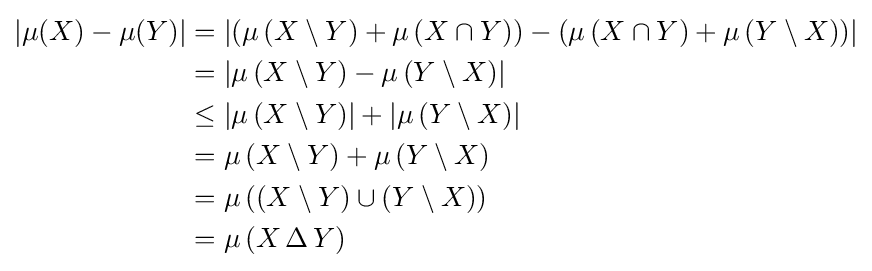
{\begin{aligned}|\mu (X)-\mu (Y)|&=\left|\left(\mu \left(X\setminus Y\right)+\mu \left(X\cap Y\right)\right)-\left(\mu \left(X\cap Y\right)+\mu \left(Y\setminus X\right)\right)\right|\\&=\left|\mu \left(X\setminus Y\right)-\mu \left(Y\setminus X\right)\right|\\&\leq \left|\mu \left(X\setminus Y\right)\right|+\left|\mu \left(Y\setminus X\right)\right|\\&=\mu \left(X\setminus Y\right)+\mu \left(Y\setminus X\right)\\&=\mu \left(\left(X\setminus Y\right)\cup \left(Y\setminus X\right)\right)\\&=\mu \left(X\,\Delta \,Y\right)\end{aligned}}